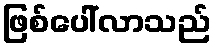
ဖြစ်ပေါ်လာသည်